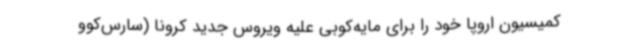
کمیسیون اروپا خود را برای مایه‌کوبی علیه ویروس جدید کرونا (سارس‌کوو